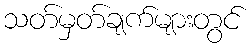
သတ်မှတ်ချက်များတွင်